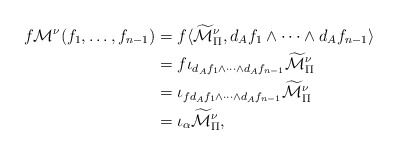
\begin{align*}f \mathcal{M}^\nu(f_1,\ldots,f_{n-1})&= f \langle\widetilde{\mathcal{M}}_\Pi^\nu,d_{A}f_1\wedge\cdots\wedge d_{A}f_{n-1}\rangle\\&= f\iota_{d_{A}f_1\wedge\cdots\wedge d_{A}f_{n-1}} \widetilde{\mathcal{M}}_\Pi^\nu\\&= \iota_{fd_{A}f_1\wedge\cdots\wedge d_{A}f_{n-1}} \widetilde{\mathcal{M}}_\Pi^\nu\\&= \iota_\alpha \widetilde{\mathcal{M}}_\Pi^\nu, \end{align*}